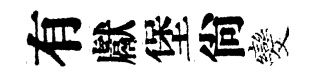
有獻堡尙发